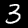
Label: 3